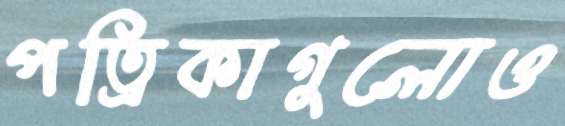
পত্রিকাগুলোও